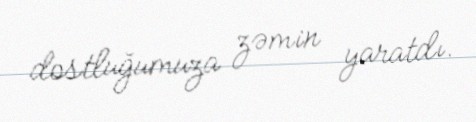
dostluğumuza zəmin yaratdı.